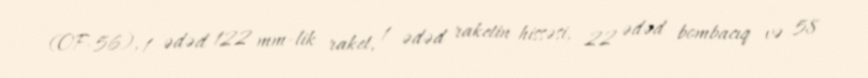
(OF-56), 1 ədəd 122 mm-lik raket, 1 ədəd raketin hissəsi, 22 ədəd bombacıq və 58